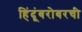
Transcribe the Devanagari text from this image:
हिंदूंबरोबरची